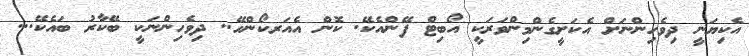
އެކިޔަނީ ދިވެހިންނަށް އެކަށީގެންމިންވަރަކީ އޯބިޓް ފޭންއެކޭ. ކޮން އެއަރކޯންހޭ.. ދިވެހިންނަކީ ބޭކާރު ބައެކޭ...